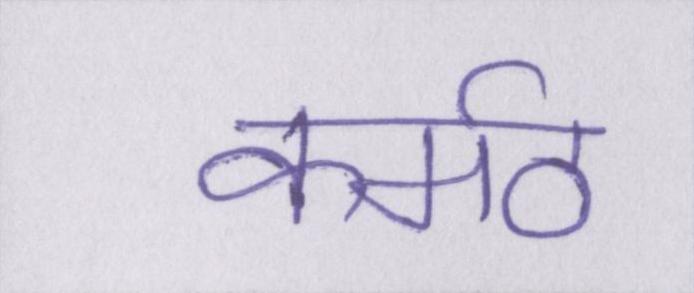
कर्मठ